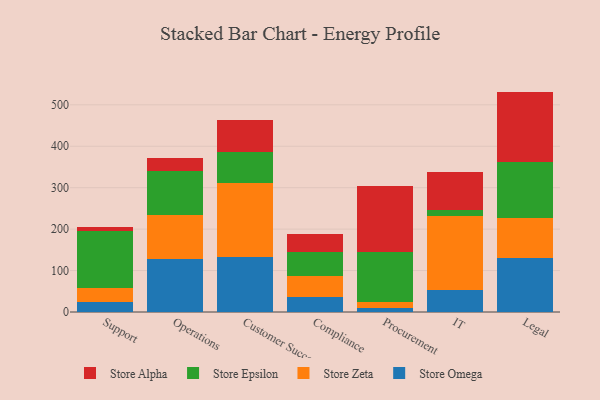
{"axis": {"x": "Department", "y": "Waste Production (Tons)"}, "legend": ["Store Alpha", "Store Epsilon", "Store Omega", "Store Zeta"], "data": [{"x": "Support", "y": 25.1, "type": "Store Omega"}, {"x": "Support", "y": 32.7, "type": "Store Zeta"}, {"x": "Support", "y": 137.2, "type": "Store Epsilon"}, {"x": "Support", "y": 10.2, "type": "Store Alpha"}, {"x": "Operations", "y": 127.5, "type": "Store Omega"}, {"x": "Operations", "y": 107.5, "type": "Store Zeta"}, {"x": "Operations", "y": 105.6, "type": "Store Epsilon"}, {"x": "Operations", "y": 30.8, "type": "Store Alpha"}, {"x": "Customer Success", "y": 133.8, "type": "Store Omega"}, {"x": "Customer Success", "y": 177.8, "type": "Store Zeta"}, {"x": "Customer Success", "y": 73.7, "type": "Store Epsilon"}, {"x": "Customer Success", "y": 78.1, "type": "Store Alpha"}, {"x": "Compliance", "y": 35.7, "type": "Store Omega"}, {"x": "Compliance", "y": 51.7, "type": "Store Zeta"}, {"x": "Compliance", "y": 58.1, "type": "Store Epsilon"}, {"x": "Compliance", "y": 43.8, "type": "Store Alpha"}, {"x": "Procurement", "y": 9.4, "type": "Store Omega"}, {"x": "Procurement", "y": 15.1, "type": "Store Zeta"}, {"x": "Procurement", "y": 119.7, "type": "Store Epsilon"}, {"x": "Procurement", "y": 159.8, "type": "Store Alpha"}, {"x": "IT", "y": 52.1, "type": "Store Omega"}, {"x": "IT", "y": 179.3, "type": "Store Zeta"}, {"x": "IT", "y": 13.7, "type": "Store Epsilon"}, {"x": "IT", "y": 91.9, "type": "Store Alpha"}, {"x": "Legal", "y": 130.2, "type": "Store Omega"}, {"x": "Legal", "y": 97.5, "type": "Store Zeta"}, {"x": "Legal", "y": 134.3, "type": "Store Epsilon"}, {"x": "Legal", "y": 169.9, "type": "Store Alpha"}]}